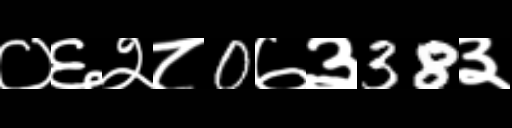
Text: ०६२८0७३38३